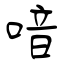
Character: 喑